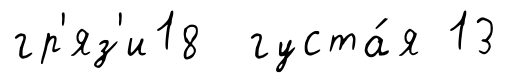
гр'яз'и18 густа́я 13